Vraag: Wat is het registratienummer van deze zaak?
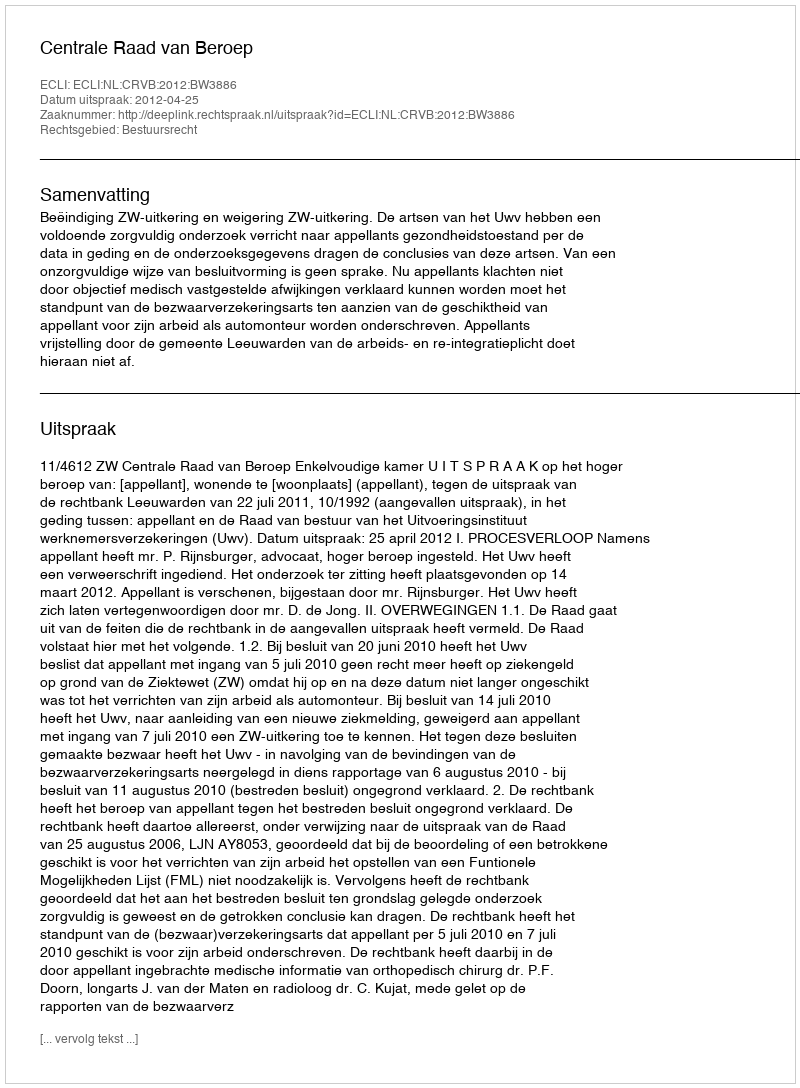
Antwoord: http://deeplink.rechtspraak.nl/uitspraak?id=ECLI:NL:CRVB:2012:BW3886